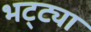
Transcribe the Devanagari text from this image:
भट्‌ट्या